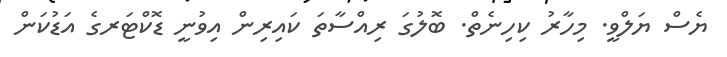
ޔެސް ޔަލްވީ. މިހާރު ކިހިނެތް. ބޮލުގަ ރިއްސާތަ ކައިރިން އިވުނީ ޑޮކްޓަރގެެ އަޑުކަން